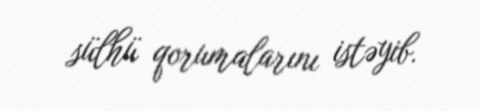
sülhü qorumalarını istəyib.